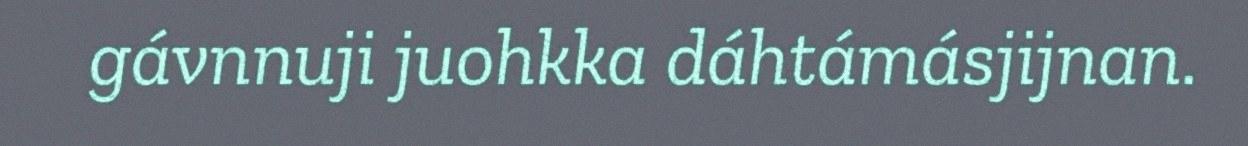
gávnnuji juohkka dáhtámásjijnan.